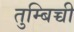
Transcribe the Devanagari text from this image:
तुम्बिच्ची